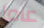
عاما